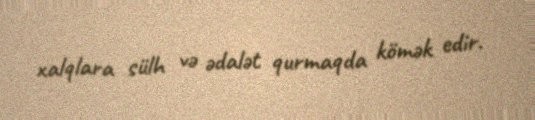
xalqlara sülh və ədalət qurmaqda kömək edir.